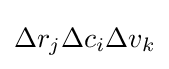
\Delta r_{j}\Delta c_{i}\Delta v_{k}